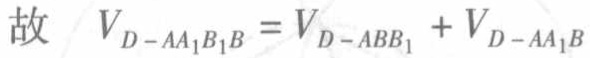
故 \(V_{D - AA_{1}B_{1}B}=V_{D - ABB_{1}} + V_{D - AA_{1}B}\)